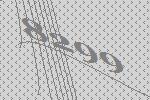
8299